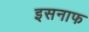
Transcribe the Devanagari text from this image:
इसनाफ